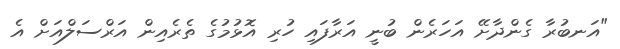
"އަނބުރާ ގެންދާށޭ އަހަރެން ބުނީ އަރާފައި ހުރި އޮޅުމުގެ ތެރެއިން އަރްސަލްއަށް އެ